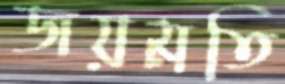
জয়মতি